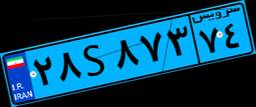
۵۴S۵۸۶۲۸